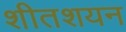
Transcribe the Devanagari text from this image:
शीतशयन